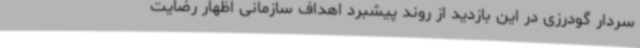
سردار گودرزی در این بازدید از روند پیشبرد اهداف سازمانی اظهار رضایت‌